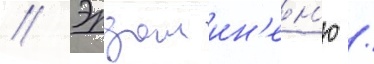
// Эрдал ин'ен'ю /